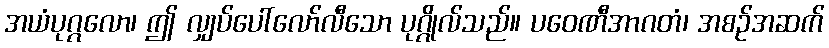
အယံပုဂ္ဂလော၊ ဤ လျှပ်ပေါ်လော်လီသော ပုဂ္ဂိုလ်သည်။ ပဝေဏီအာဂတံ၊ အစဉ်အဆက်